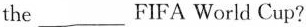
the ___ FIFA World Cup?